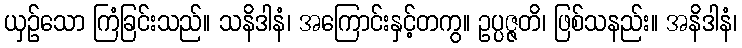
ယှဉ်သော ကြံခြင်းသည်။ သနိဒါနံ၊ အကြောင်းနှင့်တကွ။ ဥပ္ပဇ္ဇတိ၊ ဖြစ်သနည်း။ အနိဒါနံ၊